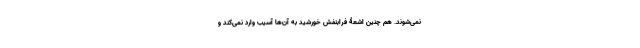
نمی‌شوند. هم چنین اشعۀ فرابنفش خورشید به آن‌ها آسیب وارد نمی‌کند و